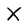
Character: X